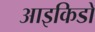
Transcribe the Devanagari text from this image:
आइकिडो